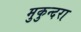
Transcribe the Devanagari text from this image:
मुकुन्दरा